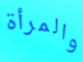
والمرأة